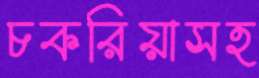
চকরিয়াসহ